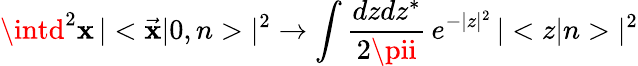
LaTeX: \intd^{2}\mathbf{x}\, |<\vec{{\mathbf{x}}}|0,n>|^{2}\to\int{\frac{{dzdz^{*}}}{{2\pii}}}\, e^{-|z|^{2}}\, |<z|n>|^{2}